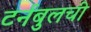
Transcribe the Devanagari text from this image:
टर्नबुलची